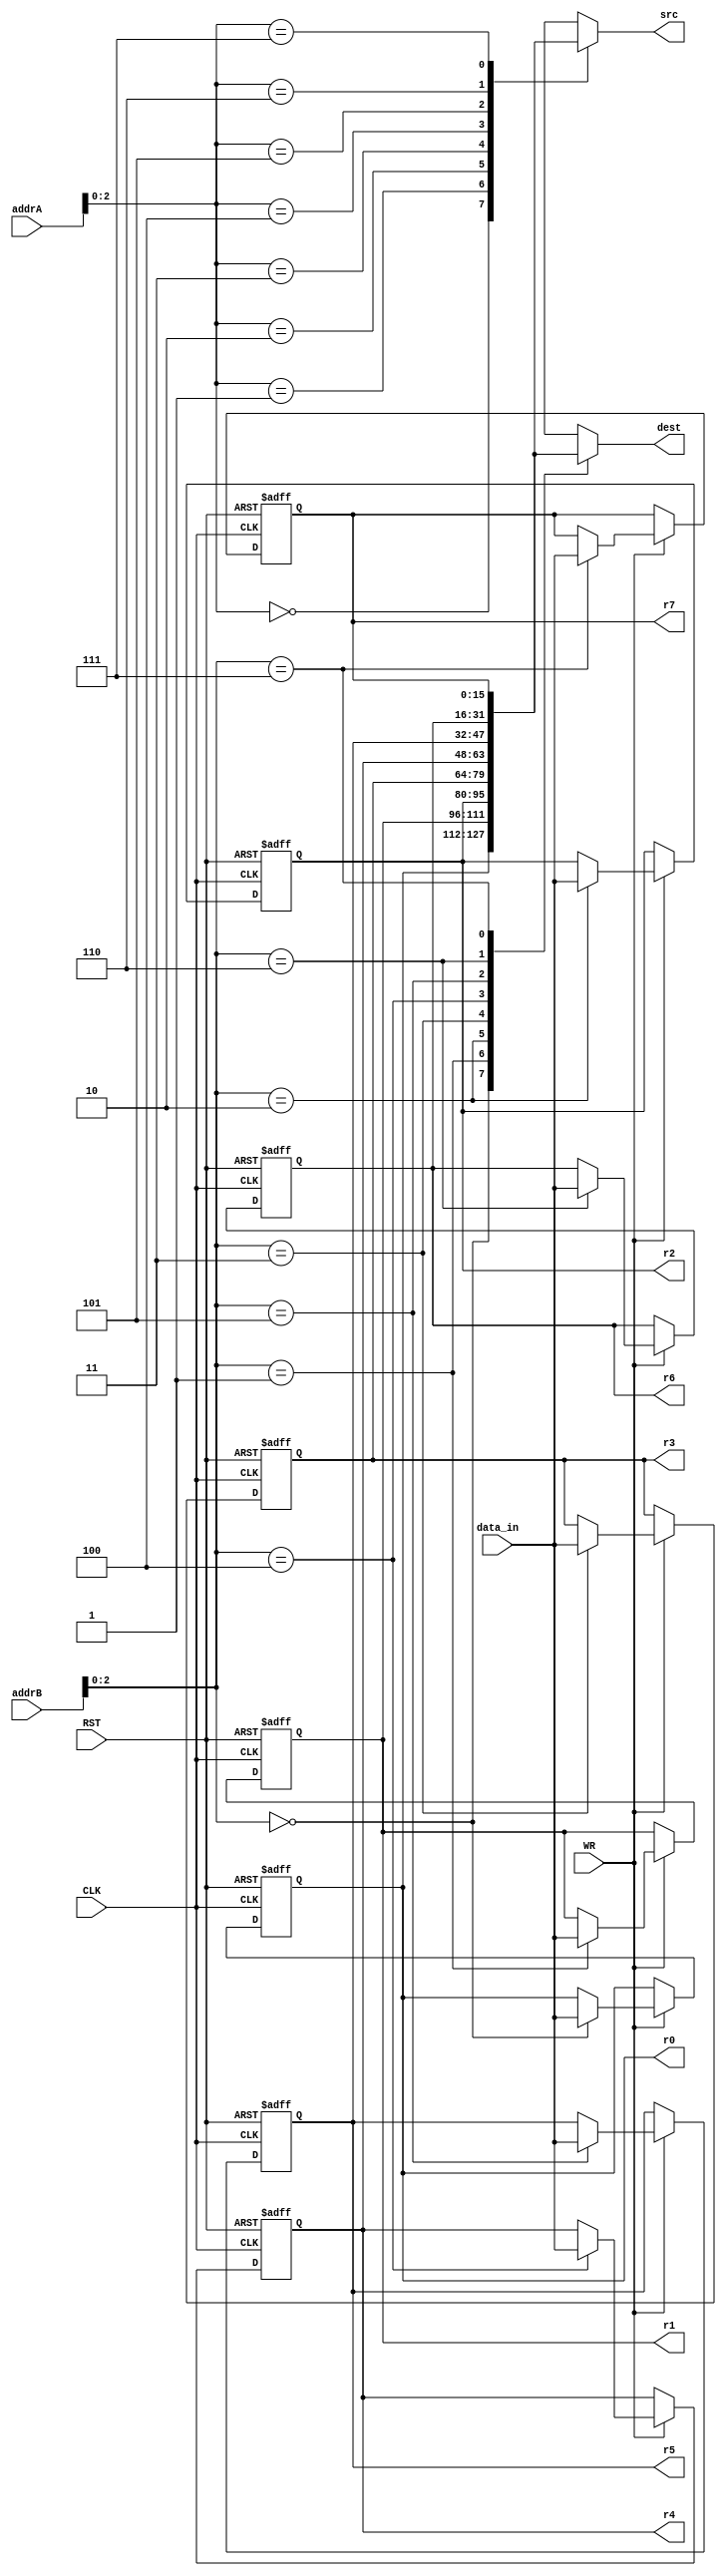
module register_file(addrA, addrB, data_in, CLK, RST, WR, src, dest,
	r0, r1, r2, r3, r4, r5, r6, r7);

	input [3:0] addrA, addrB; 
	input [15:0] data_in;
	input CLK, RST, WR;

	output reg [15:0] src, dest;
	
	output [15:0] r0, r1, r2, r3, r4, r5, r6, r7;
	

	reg [15:0] data[7:0];
	reg [15:0] i;

	assign r0 = data[0];
	assign r1 = data[1];
	assign r2 = data[2];
	assign r3 = data[3];
	assign r4 = data[4];
	assign r5 = data[5];
	assign r6 = data[6];
	assign r7 = data[7];

	initial begin
		src <= 16'b0;
		dest <= 16'b0;
	end

	//write
	always @(posedge CLK or negedge RST) begin
		
		if(!RST) begin
			for(i=0; i<8; i = i+1) data[i]<=0;
		end

		else if(WR) data[addrB[2:0]] <= data_in;
	
	end

	//read
	always @(*) begin
		src = data[addrA[2:0]];
 		dest = data[addrB[2:0]];
	end


endmodule